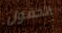
الحقول